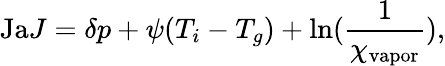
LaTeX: \mathrm{Ja}J=\delta p+\psi(T_{i}-T_{g})+\mathrm{ln}(\frac{1}{\chi_{\mathrm{vapor}}}),